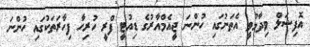
އޮފިޝަލް ވިދާޅުވީ އެތަނުގައި ހުންނަ ޖީއެމްއާރުގެ ޑިއުޓީ ފްރީ ހުރިހާ ފިހާރަތަކުގައި ހުންނަ